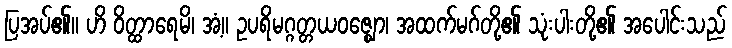
ပြအပ်၏။ ဟိ ဝိတ္ထာရေမိ၊ အံ့။ ဥပရိမဂ္ဂတ္တယဝဇ္ဈော၊ အထက်မဂ်တို့၏ သုံးပါးတို့၏ အပေါင်းသည်